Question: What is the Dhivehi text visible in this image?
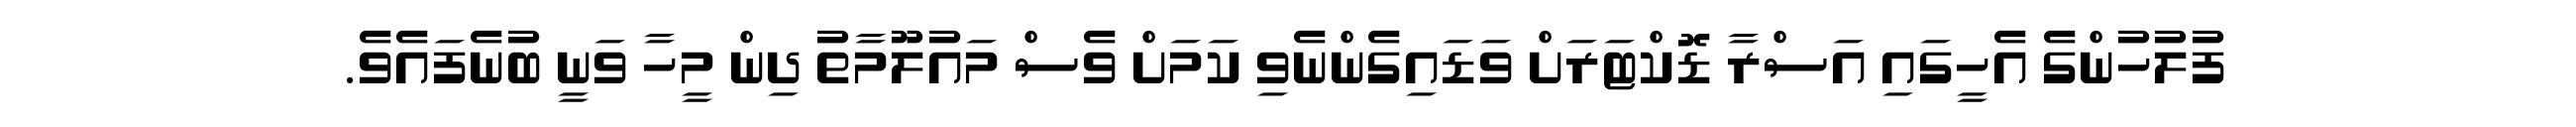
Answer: ފުލުހުންގެ އެހީގައި އަސްރާ ޑޮކްޓަރަށް ވަޑައިގެންނެވި ކަމަށް ވެސް މައުލޫމާތު ދިން މީހާ ވަނީ ބުނެފައެވެ.